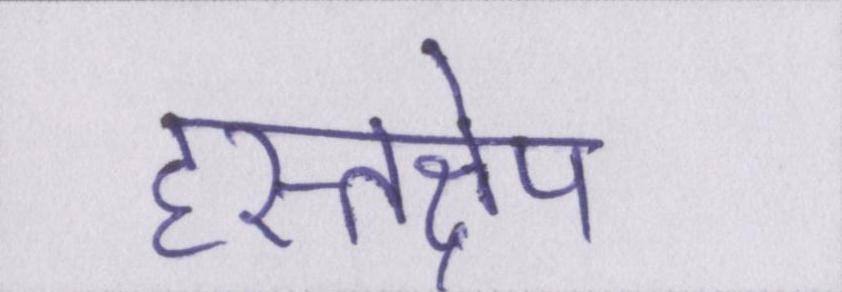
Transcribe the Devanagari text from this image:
हस्तक्षेप